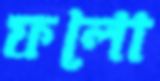
ফলো